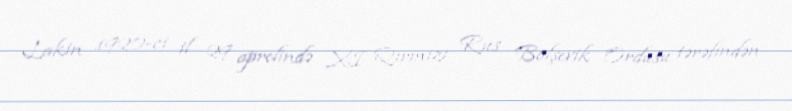
Lakin 1920-ci il 29 aprelində XI Qırmızı Rus Bolşevik Ordusu tərəfindən